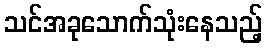
သင်အခုသောက်သုံးနေသည့်